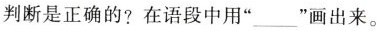
判断是正确的?在语段中用”___”画出来。